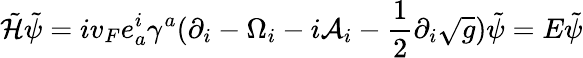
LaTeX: \tilde{\mathcal{H}}\tilde{\psi}=iv_{F}e_{a}^{i}\gamma^{a}(\partial_{i}-\Omega_{i}-i\mathcal{A}_{i}-\frac{1}{2}\partial_{i}\sqrt{g})\tilde{\psi}=E\tilde{\psi}